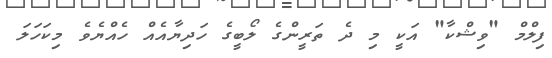
ފިލްމް "ވިޝްކާ" އަކީ މި ދެ ތަރީންގެ ލޯބީގެ ހަދިޔާއެއް ހެއްޔެވެ މިކަހަލަ